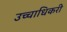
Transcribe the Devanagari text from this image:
उच्चाधिकरी